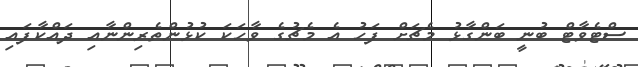
ސްޓެވާޓް ބުނީ ބަންގާޅު މެޗަށް ފަހު އެ މެޗުގެ ވާހަކަ ކުޅުންތެރިންނާއި ދައްކާފައި